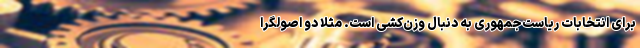
برای انتخابات ریاست‌جمهوری به دنبال وزن‌کشی است. مثلاً دو اصولگرا